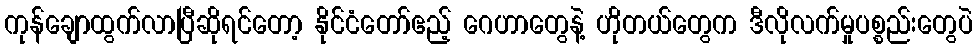
ကုန်ချောထွက်လာပြီဆိုရင်တော့ နိုင်ငံတော်ဧည့် ဂေဟာတွေနဲ့ ဟိုတယ်တွေက ဒီလိုလက်မှုပစ္စည်းတွေပဲ